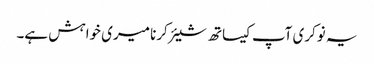
یہ نوکری آپ کیساتھ شیئر کرنا میری خواہش ہے۔